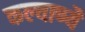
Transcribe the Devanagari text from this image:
कल्याण्यै